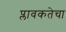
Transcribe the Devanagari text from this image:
प्लावकतेचा